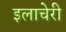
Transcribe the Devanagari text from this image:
इलाचेरी